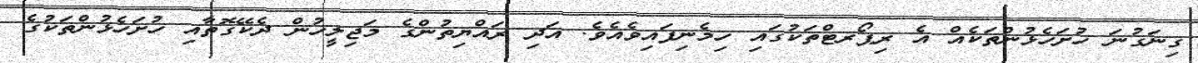
ގިނަގުނަ ހުށަހެޅުންތަކެއް އެ ރިޕޯރޓްތަކުގައި ހިމެނިފައިވެއެވެ. އަދި ރައްޔިތުންގެ މަޖިލީހުން ދެކޭގޮތާއި ހުށަހެޅުންތަކުގެ